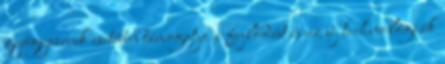
gyógyszerek esetében támogatja a fejlődést és az új technológiák